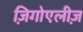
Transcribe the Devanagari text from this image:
ज़िगोएलीज़